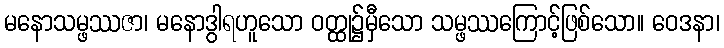
မနောသမ္ဖဿဇာ၊ မနောဒွါရဟူသော ဝတ္ထု၌မှီသော သမ္ဖဿကြောင့်ဖြစ်သော။ ဝေဒနာ၊